Annual administration and progress report of the Indian Medical Department, Bombay
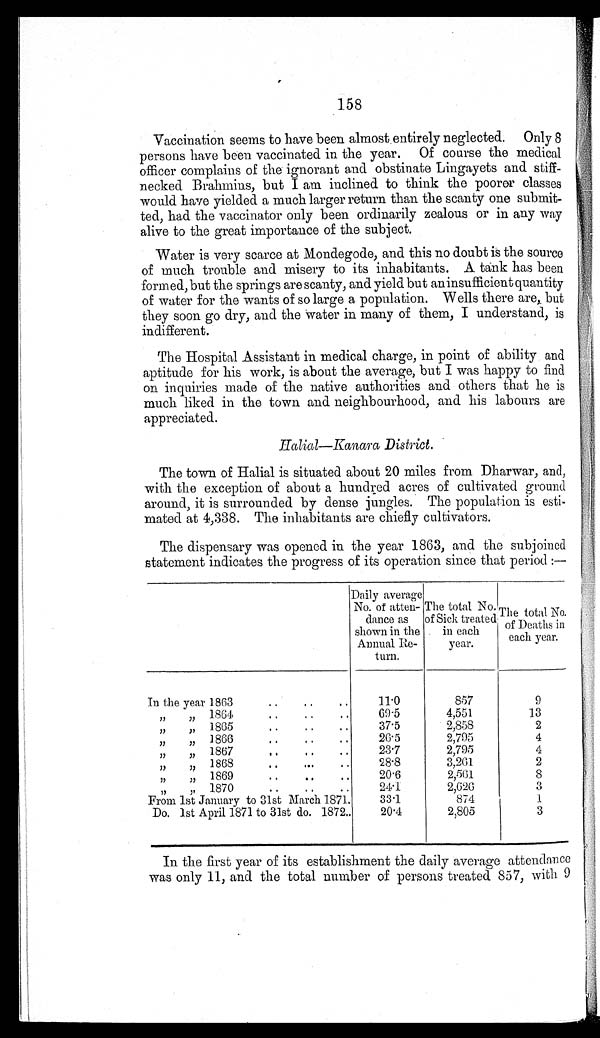
158
Vaccination seems to have been almostentirely neglected. Only 8
persons have been vaccinated in the year. Of course the medical
officer complains of the ignorant and obstinate Lingayets and stiff-
necked Brahmins, but I am inclined to think the poorer classes
would have yielded a much larger return than the scanty one submit-
ted, had the vaccinator only been ordinarily zealous or in any way
alive to the great importance of the subject.
Water is very scarce at Mondegode, and this no doubt is the source
of much trouble and misery to its inhabitants. A tank has been
formed, but the springs are scanty, and yield but an insufficient quantity
of water for the wants of so large a population. Wells there are, but
they soon go dry, and the Water in many of them, I understand, is
indifferent.
The Hospital Assistant in medical charge, in point of ability and
aptitude for his work, is about the average, but I was happy to find
on inquiries made of the native authorities and others that he is
much liked in the town and neighbourhood, and his labours are
appreciated.
Halial—Kanara District.
The town of Halial is situated about 20 miles from Dharwar, and,
with the exception of about a hundred acres of cultivated ground
around, it is surrounded by dense jungles. The population is esti-
mated at 4,338. The inhabitants are chiefly cultivators.
The dispensary was opened in the year 1863, and the subjoined
statement indicates the progress of its operation since that period:-
D a i l y a v e r a g e N o . o f a t t e n d a n c e a s s h o w n i n t h e A n n u a l R e t u r n .
The total No. of Sick treated in each year.
T h e t o t a l N o . o f D e a t h s i n e a c h y e a r .
In the year 1863
1 1 . 0
8 5 7
9
” ” 1864
6 9 . 5
4 , 5 5 1
1 3
,, ,, 1865
3 7 . 5
2 , 8 5 8
2
” ” 1866
2 6 . 5
2 , 7 9 5
4
” ” 1867
2 3 . 7
2 , 7 9 5
4
” ” 1 8 6 8
2 8 . 8
3 , 2 6 1
2
” ” 1869
2 0 . 6
2 , 5 6 1
8
” ” 1870
2 4 . 1
2 , 6 2 6
3
From 1st January to 31st March 1871
3 3 . 1
8 7 4
1
Do. 1st April 1871 to 31st do. 1872
2 0 . 4
2 , 8 0 5
3
In the first year of its establishment the daily average attendance
was only 11, and the total number of persons treated 857, with 9